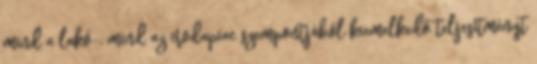
mind a lakó-, mind az irodapiac szempontjából kiemelkedő teljesítményt